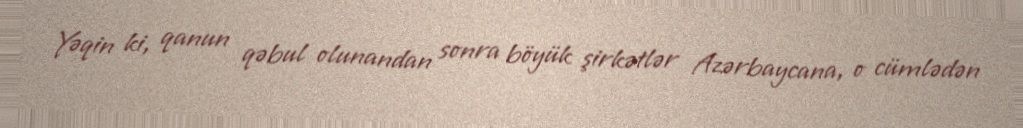
Yəqin ki, qanun qəbul olunandan sonra böyük şirkətlər Azərbaycana, o cümlədən